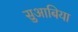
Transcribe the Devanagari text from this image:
सुआबिया